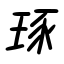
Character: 琢